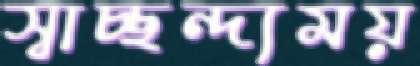
স্বাচ্ছন্দ্যময়